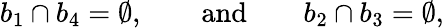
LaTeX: b_{1}\cap b_{4}=\emptyset,\qquad\mathrm{and}\qquad b_{2}\cap b_{3}=\emptyset,